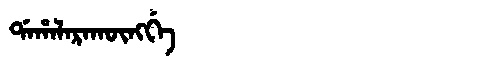
Manchu: ᡩᠠᡥᠠᠯᠠᡵᠠᡴᡡᠩᡤᡝ
Romanization: DAHALARAKŪNGGE